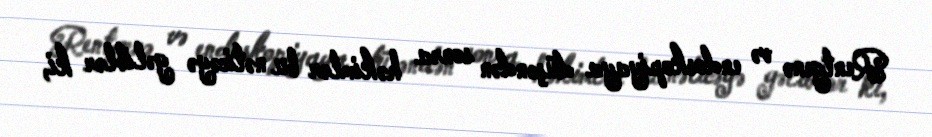
Rentgenə və endoskopiyaya düşəndən sonra həkimlər bu nəticəyə gəliblər ki,